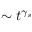
\sim t ^ { \gamma _ { s } }